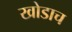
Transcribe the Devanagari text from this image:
खोडाच